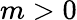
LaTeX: m>0